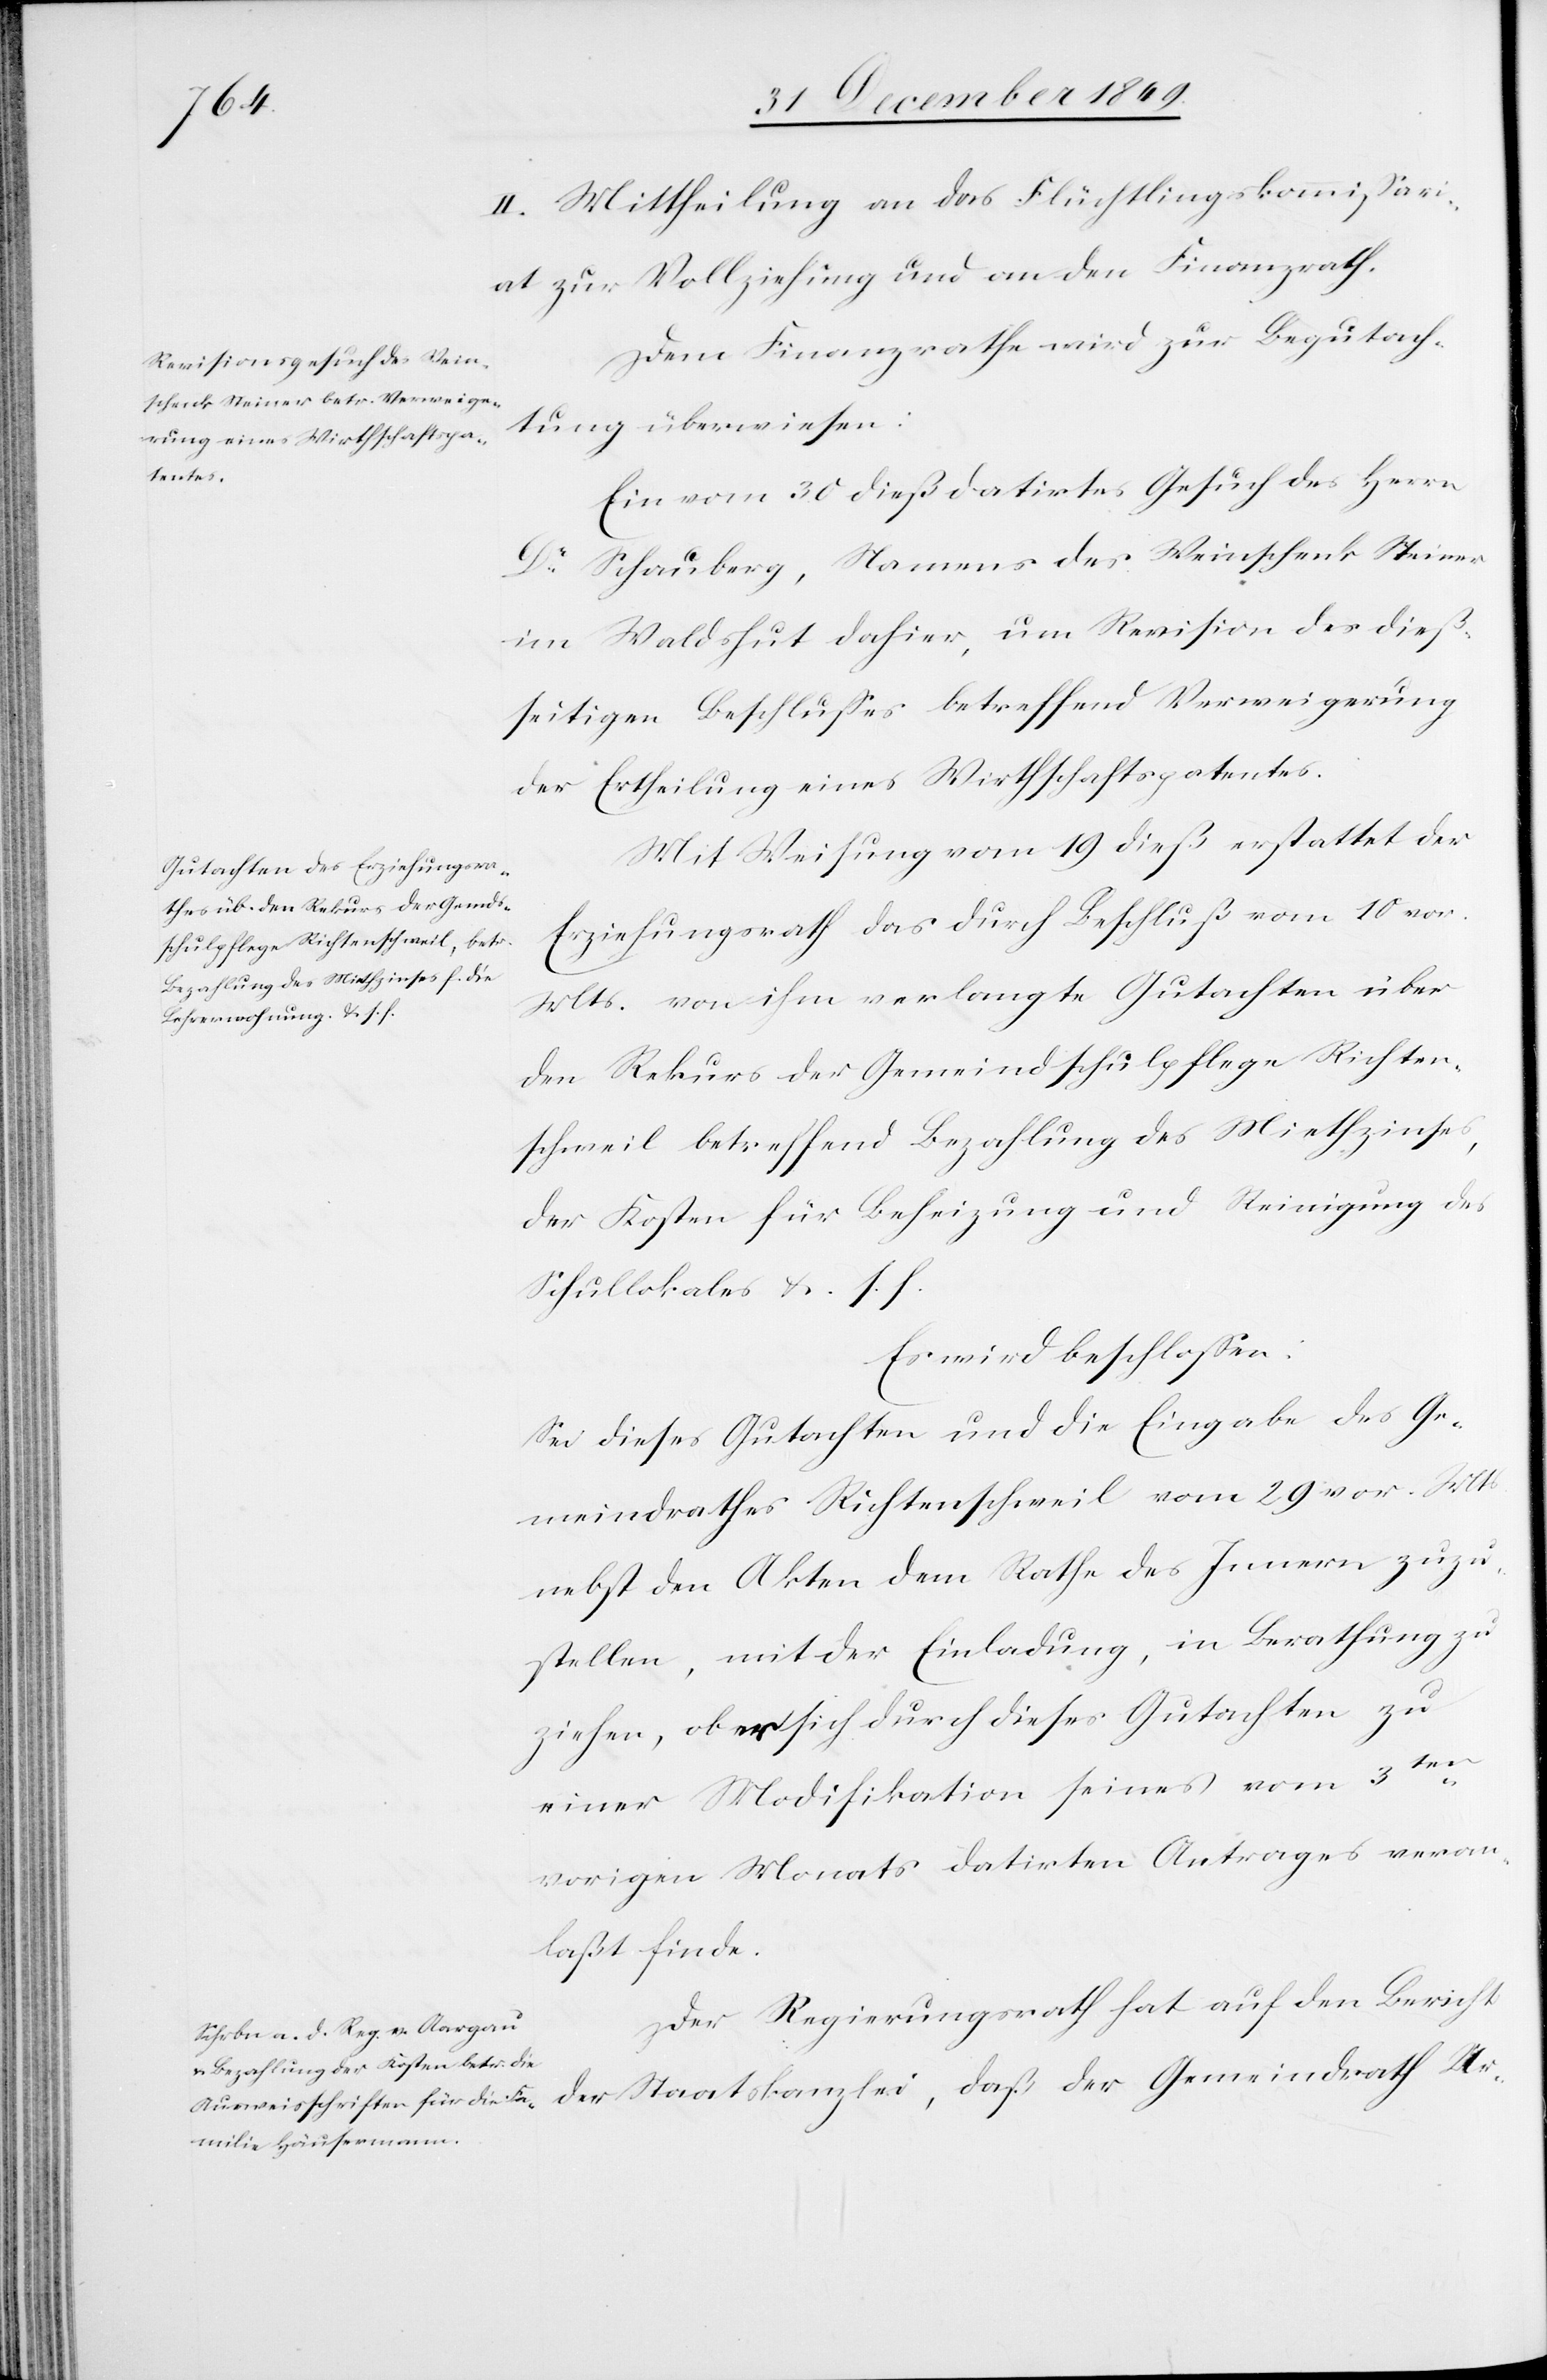
II. Mittheilung an das Flüchtlingskommißari¬
at zur Vollziehung und an den Finanzrath.
Dem Finanzrathe wird zur Begutach¬
tung überwiesen:
Ein vom 30 dieß datirtes Gesuch des Herrn
Dr Schauberg, Namens des Weinschenk Steiner
im Waldshut dahier, um Revision des dieß¬
seitigen Beschlußes betreffend Verweigerung
der Ertheilung eines Wirthschaftspatentes.
Mit Weisung vom 19 dieß erstattet der
Erziehungsrath das durch Beschluß vom 19 vor.
Mts. von ihm verlangte Gutachten über
den Rekurs der Gemeindsschulpflege Richten¬
schweil betreffend Bezahlung des Miethzinses
der Kosten für Beheizung und Reinigung des
Schullokales u. s. f.
Es wird beschloßen:
Sei dieses Gutachten und die Eingabe des Ge¬
meindrathes Richtenschweil vom 29 v. Mts.
nebst den Akten dem Rathe des Innern zuzu¬
stellen, mit der Einladung, in Berathung zu¬
ziehen, ob er sich durch dieses Gutachten zu
einer Modifikation seines vom 3ten
vorigen Monats datirten Auftrages veran¬
laßt finde.
Der Regierungsrath hat auf den Bericht
der Staatskanzlei, daß der Gemeindrath Ur-